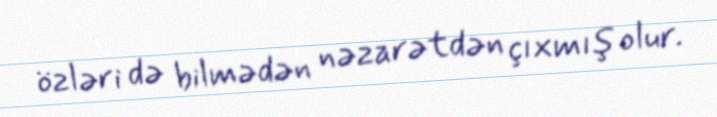
özləri də bilmədən nəzarətdən çıxmış olur.